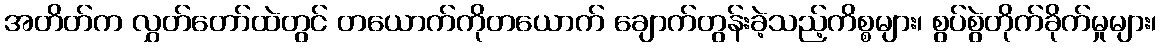
အတိတ်က လွှတ်တော်ထဲတွင် တယောက်ကိုတယောက် ချောက်တွန်းခဲ့သည့်ကိစ္စများ၊ စွပ်စွဲတိုက်ခိုက်မှုများ၊